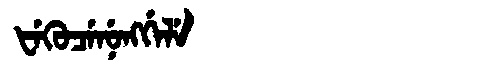
Manchu: ᡶᡝᡴᡠᠴᡝᠨᡠᠩᡤᡝᠯᡝ
Romanization: FEKUCENUNGGELE